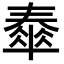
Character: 𡙹